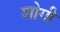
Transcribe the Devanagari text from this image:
शोगी